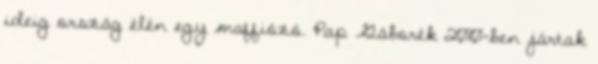
ideig ország élén egy maffiózó. Pap Gáborék 2010-ben jártak